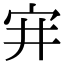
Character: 宑